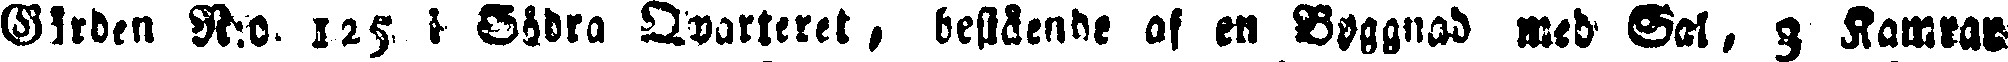
Girden N:o 125 i Södra Qvarteret , bestående af en Byggnad med Sal, 3 Kamrar